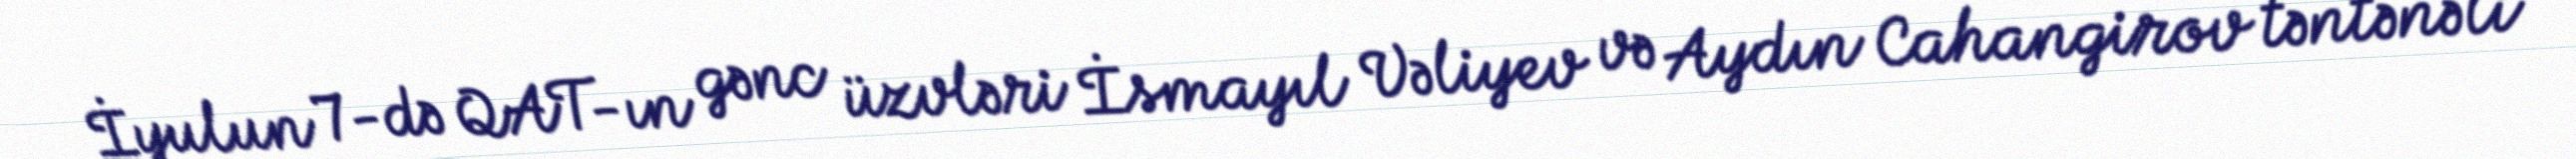
İyulun 7-də QAT-ın gənc üzvləri İsmayıl Vəliyev və Aydın Cahangirov təntənəli